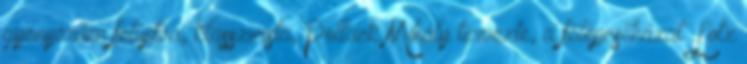
gyönyörűen felújítva, klasszicista, Pollack Mihály tervezte, a főlépcsőházat Lotz